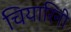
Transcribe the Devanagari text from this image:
चियारिनी